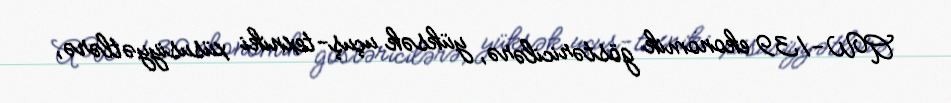
AW-139 ekonomik göstəricilərə, yüksək uçuş-texniki xüsusiyyətlərə,